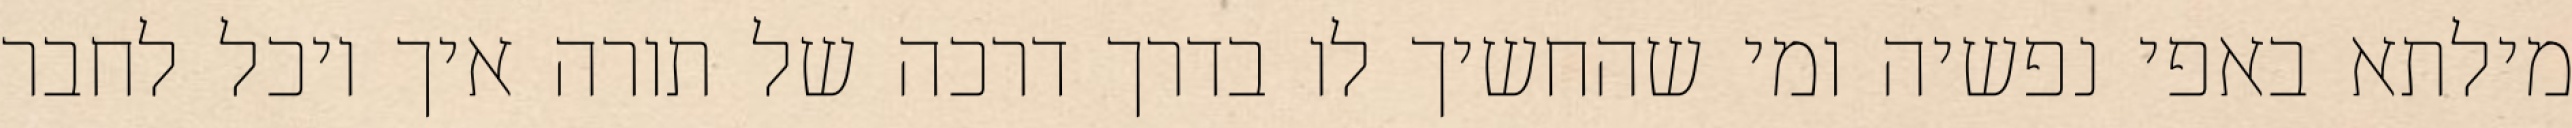
מילתא באפי נפשיה ומי שהחשיך לו בדרך דרכה של תורה איך יוכל לחבר